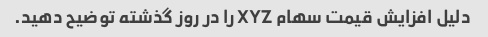
دلیل افزایش قیمت سهام XYZ را در روز گذشته توضیح دهید.